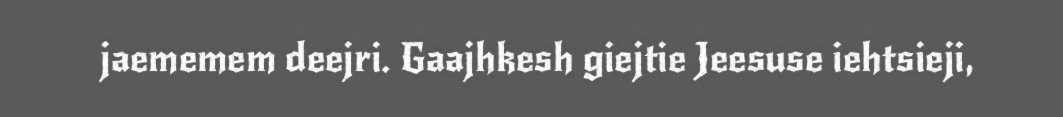
jaememem deejri. Gaajhkesh giejtie Jeesuse iehtsieji,